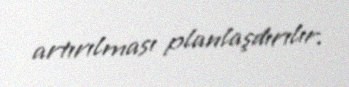
artırılması planlaşdırılır.